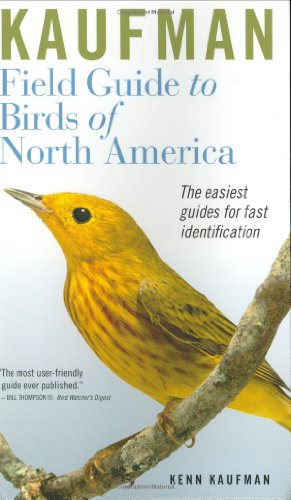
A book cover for Kaufman Field Guide to Birds of North America; Kenn Kaufman; Science & Math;